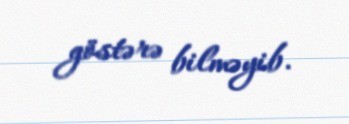
göstərə bilməyib.